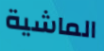
الماشية